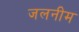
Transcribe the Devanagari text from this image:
जलनीम